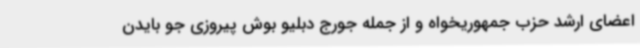
اعضای ارشد حزب جمهوریخواه و از جمله جورج دبلیو بوش پیروزی جو بایدن